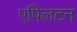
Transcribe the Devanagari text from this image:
एपिलटन